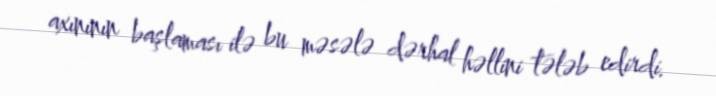
axınının başlaması ilə bu məsələ dərhal həllini tələb edirdi.